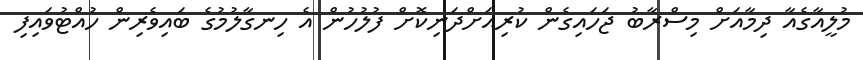
މުލީއާގެއާ ދިމާއަށް މިސްރާބު ޖަހައިގެން ކުރިއަށްދަނިކޮށް ފުލުހުން އެ ހިނގާލުމުގެ ބައިވެރިން ހުއްޓުވައިފި